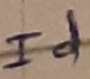
Text: Id